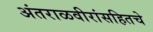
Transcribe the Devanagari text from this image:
अंतराळवीरांसहितचे